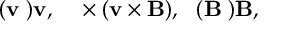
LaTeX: ( { \bf v \nabla ) v } , ~ ~ { \bf \nabla \times ( v \times B ) } , ~ ~ ( { \bf B \nabla ) B } ,